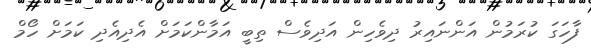
ފާހަގަ ކުރަމުން އަންނައިރު ދިވެހިން އަދިވެސް ތިބީ އަމާންކަމަށް އެދިއެދި ކަމަށް ހޯމް